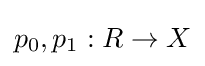
p_{0},p_{1}:R\rightarrow X